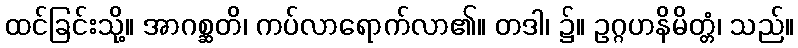
ထင်ခြင်းသို့။ အာဂစ္ဆတိ၊ ကပ်လာရောက်လာ၏။ တဒါ၊ ၌။ ဥဂ္ဂဟနိမိတ္တံ၊ သည်။